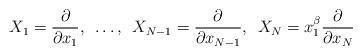
LaTeX: \begin{align*}X_1=\frac{\partial}{\partial x_1}, \enspace \ldots,\enspace X_{N-1}=\frac{\partial}{\partial x_{N-1}}, \enspace X_{N}=x_{1}^\beta \frac{\partial}{\partial x_{N}}\end{align*}